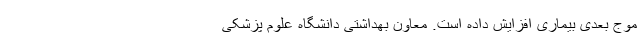
موج بعدی بیماری افزایش داده است. معاون بهداشتی دانشگاه علوم پزشکی